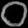
Digit: ၀